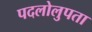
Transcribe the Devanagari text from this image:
पदलोलुपता